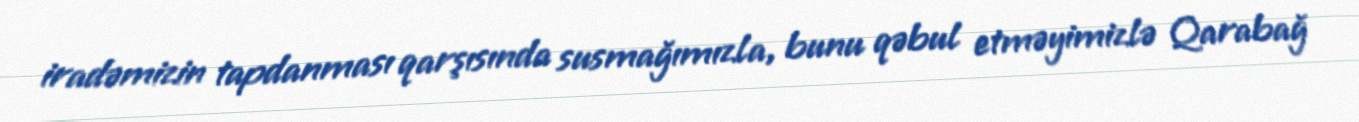
iradəmizin tapdanması qarşısında susmağımızla, bunu qəbul etməyimizlə Qarabağ